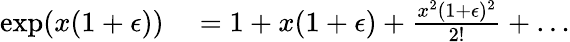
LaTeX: \begin{array}{rl}{\exp(x(1+\epsilon))}&{{}=1+x(1+\epsilon)+\frac{x^{2}(1+\epsilon)^{2}}{2!}+\dots}\end{array}